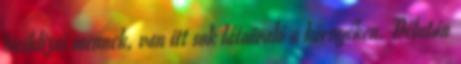
biciklizni mennek, van itt sok látnivaló a környéken. Délután